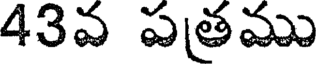
43వ పత్రము